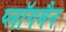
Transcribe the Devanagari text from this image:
प्लॉगमैन